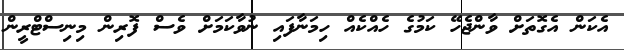
އެކަން އެގޮތަށް ވާންޖެހޭ ކަމުގެ ހެއްކެއް ހިމަނާފައި ނުވާކަމަށް ވެސް ފޮރިން މިނިސްޓްރީން